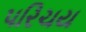
પરિચય